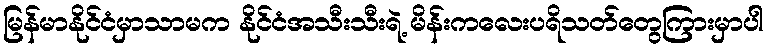
မြန်မာနိုင်ငံမှာသာမက နိုင်ငံအသီးသီးရဲ့ မိန်းကလေးပရိသတ်တွေကြားမှာပါ